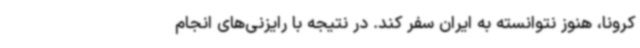
کرونا، هنوز نتوانسته به ایران سفر کند. در نتیجه با رایزنی‌های انجام